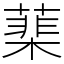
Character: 䕁